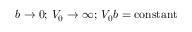
b \to 0 ; \, V _ { 0 } \to \infty ; \, V _ { 0 } b = \mathrm { c o n s t a n t }